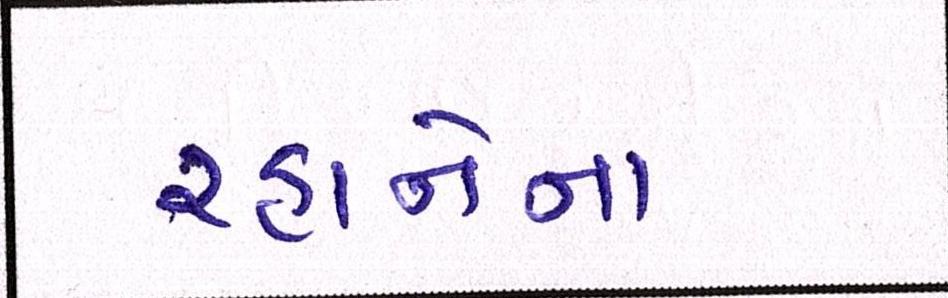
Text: રહાનેના